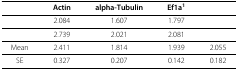
<table><thead><tr><td></td><td><b>Actin</b></td><td><b>alpha-Tubulin</b></td><td><b>Ef1a<sup>1</sup></b></td><td></td></tr></thead><tbody><tr><td></td><td>2.084</td><td>1.607</td><td>1.797</td><td></td></tr><tr><td></td><td>2.739</td><td>2.021</td><td>2.081</td><td></td></tr><tr><td>Mean</td><td>2.411</td><td>1.814</td><td>1.939</td><td>2.055</td></tr><tr><td>SE</td><td>0.327</td><td>0.207</td><td>0.142</td><td>0.182</td></tr></tbody></table>